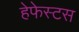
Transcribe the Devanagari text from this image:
हेफेस्टस